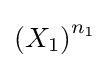
\left(X_{1}\right)^{n_{1}}